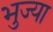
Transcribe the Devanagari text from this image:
भुज्या